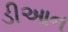
ડીઆન